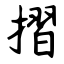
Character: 摺